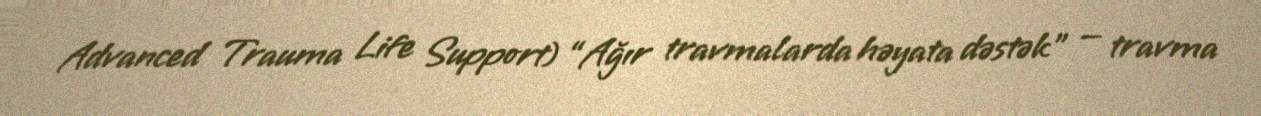
Advanced Trauma Life Support) “Ağır travmalarda həyata dəstək” — travma